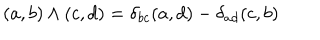
LaTeX: ( a , b ) \wedge ( c , d ) = \delta _ { b c } ( a , d ) - \delta _ { a d } ( c , b )